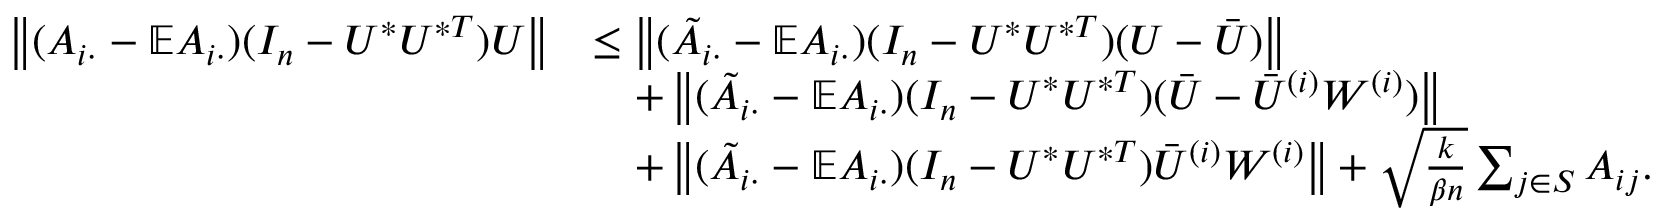
\begin{array} { r l } { \left\| { ( A _ { i \cdot } - \mathbb { E } A _ { i \cdot } ) ( I _ { n } - U ^ { * } U ^ { * T } ) U } \right\| } & { \leq \left\| { ( \tilde { A } _ { i \cdot } - \mathbb { E } A _ { i \cdot } ) ( I _ { n } - U ^ { * } U ^ { * T } ) ( U - \bar { U } ) } \right\| } \\ & { \quad + \left\| { ( \tilde { A } _ { i \cdot } - \mathbb { E } A _ { i \cdot } ) ( I _ { n } - U ^ { * } U ^ { * T } ) ( \bar { U } - \bar { U } ^ { ( i ) } W ^ { ( i ) } ) } \right\| } \\ & { \quad + \left\| { ( \tilde { A } _ { i \cdot } - \mathbb { E } A _ { i \cdot } ) ( I _ { n } - U ^ { * } U ^ { * T } ) \bar { U } ^ { ( i ) } W ^ { ( i ) } } \right\| + \sqrt { \frac { k } { \beta n } } \sum _ { j \in S } A _ { i j } . } \end{array}